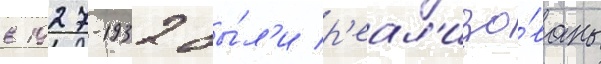
в 1927-1932 бы́л'и р'еал'изо́ваны